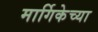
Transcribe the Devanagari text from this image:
मार्गिकेच्या